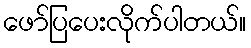
ဖော်ပြပေးလိုက်ပါတယ်။